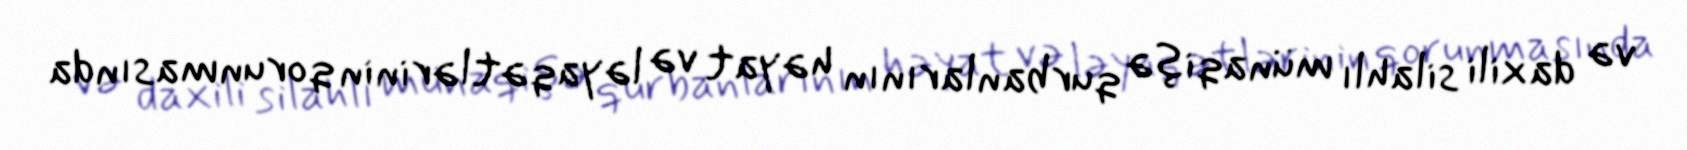
və daxili silahlı münaqişə qurbanlarının həyat və ləyaqətlərinin qorunmasında